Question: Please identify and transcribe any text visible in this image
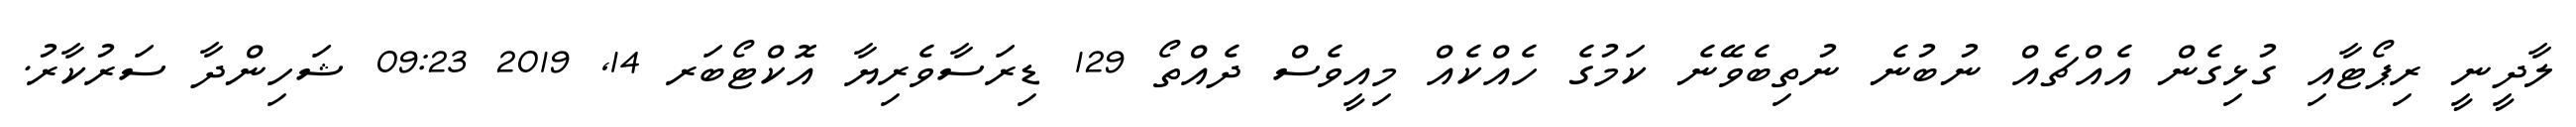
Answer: ލާދީނީ ރިޕޯޓާއި ގުޅިގެން އެއްޗެއް ނުބުނެ ނުތިބެވޭނެ ކަމުގެ ހެއްކެއް މިއީވެސް ދެއްތޯ 129 ޑިރަސާވެރިޔާ އޮކްޓޯބަރ 14, 2019 09:23 ޝަހިންދާ ސަރުކާރު.